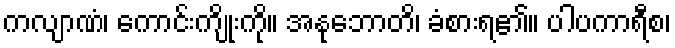
ကလျာဏံ၊ ကောင်းကျိုးကို။ အနုဘောတိ၊ ခံစားရ၏။ ပါပကာရီစ၊